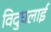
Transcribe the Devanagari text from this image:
विदुघलाई